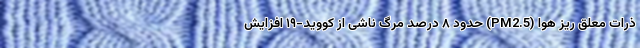
ذرات معلق ریز هوا (PM2.5) حدود ۸ درصد مرگ ناشی از کووید-۱۹ افزایش